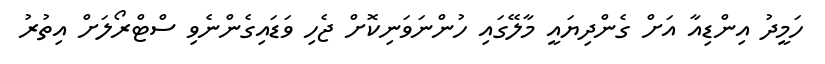
ހަމީދު އިންޑިއާ އަށް ގެންދިޔައީ މާލޭގައި ހުންނަވަނިކޮށް ޖެހި ވަޑައިގެންނެވި ސްޓްރޯލަށް އިތުރު